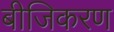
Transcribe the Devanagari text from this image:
बीजिकरण